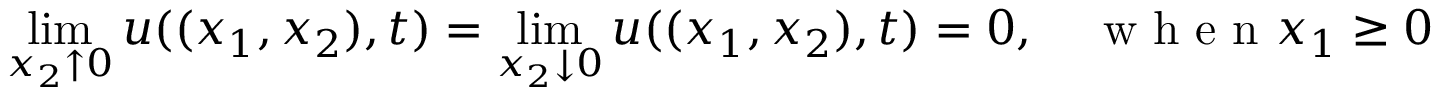
\operatorname* { l i m } _ { x _ { 2 } \uparrow 0 } u ( ( x _ { 1 } , x _ { 2 } ) , t ) = \operatorname* { l i m } _ { x _ { 2 } \downarrow 0 } u ( ( x _ { 1 } , x _ { 2 } ) , t ) = 0 , \quad \mathrm { ~ w ~ h ~ e ~ n ~ } x _ { 1 } \geq 0